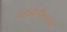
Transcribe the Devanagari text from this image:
घडामोडीनंतरचे